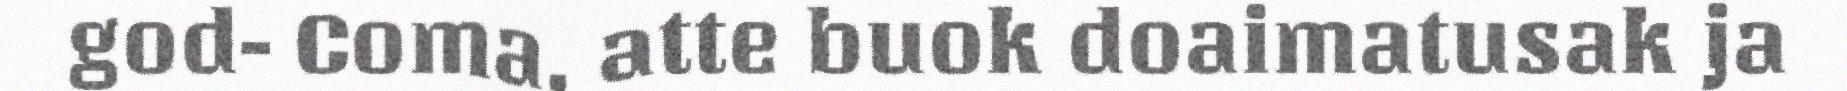
god- Coma, atte buok doaimatusak ja